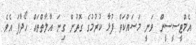
އެމްޓީސީސީން ވަނީ މަސައްކަތް ފުޅާ ކުރުމުގެ ގޮތުން ގިނަ އާލާތްތައް ހޯދާފަ އެވެ.